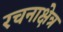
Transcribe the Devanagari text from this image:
रचनाक्षेत्र